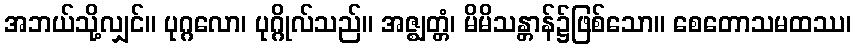
အဘယ်သို့လျှင်။ ပုဂ္ဂလော၊ ပုဂ္ဂိုလ်သည်။ အဇ္ဈတ္တံ၊ မိမိသန္တာန်၌ဖြစ်သော။ စေတောသမထဿ၊